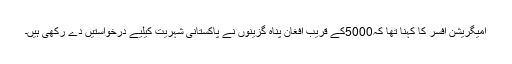
امیگریشن افسر کا کہنا تھا کہ5000کے قریب افغان پناہ گزینوں نے پاکستانی شہریت کیلیے درخواستیں دے رکھی ہیں۔